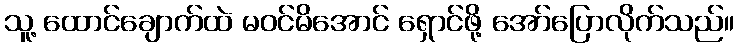
သူ့ ထောင်ချောက်ထဲ မဝင်မိအောင် ရှောင်ဖို့ အော်ပြောလိုက်သည်။